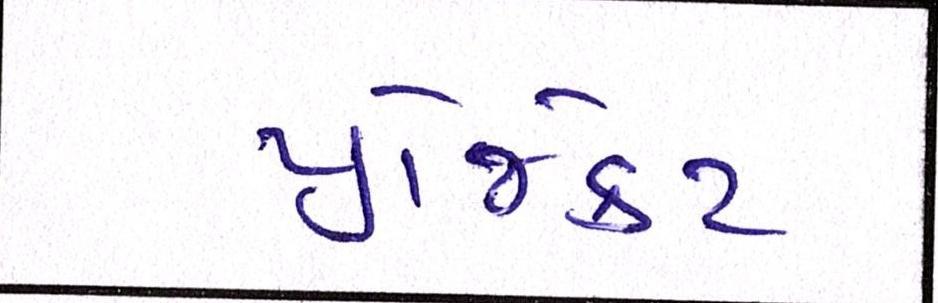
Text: પ્રોજેક્ટ